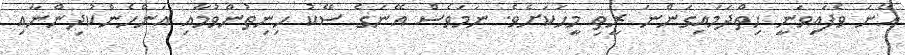
އޭނަ ވެފައިވަނީ ހިތްދަމައިގަންނަ ރީތި މީހަކަށެވެ. ނަމަވެސް އޭނަގެ ސޭކު ހިނިތުންވުމާއި އަންހެންކުދިންނާއި